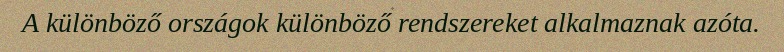
A különböző országok különböző rendszereket alkalmaznak azóta.